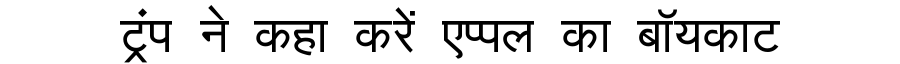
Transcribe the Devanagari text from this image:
ट्रंप ने कहा करें एप्पल का बॉयकाट